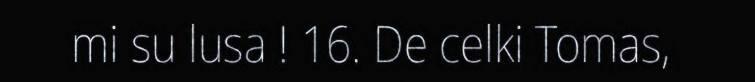
mi su lusa ! 16. De celki Tomas,